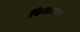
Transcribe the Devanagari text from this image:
बँकेसारख्या